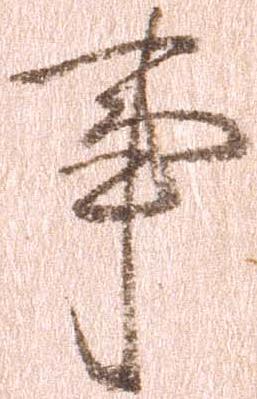
事